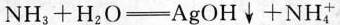
NH_{3}+H_{2}O \xlongequal[]{} AgOH \downarrow +NH_{4}^{+}